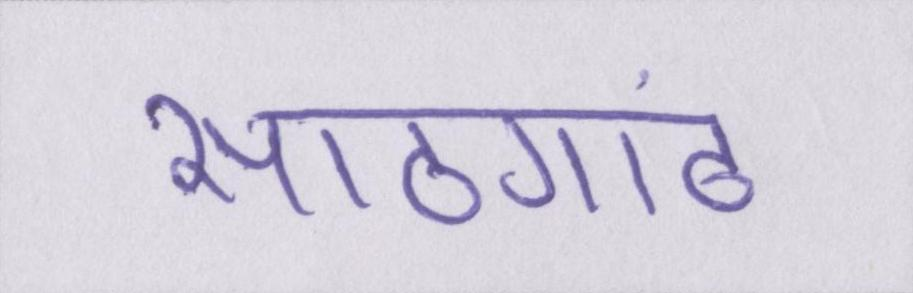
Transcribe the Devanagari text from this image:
साठगांठ